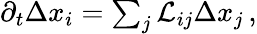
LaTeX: \begin{array}{r}{\partial_{t}\Delta{x}_{i}=\sum_{j}\mathcal{L}_{ij}\Delta x_{j}\, ,}\end{array}